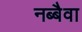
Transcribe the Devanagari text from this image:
नब्बैवा